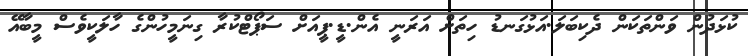
ކުޅަދުން ވަންތަކަން ދެކިބަލަ.އަޅުގަނޑު ހިތަށް އަރަނީ އެން.ޑީ.ޕީއަށް ސަޕޯޓްކުރާ ގިނަމީހުންގެ ހާލަކީވެސް މީބާއޭ